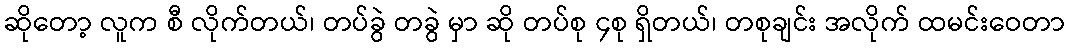
ဆိုတော့ လူက စီ လိုက်တယ်၊ တပ်ခွဲ တခွဲ မှာ ဆို တပ်စု ၄စု ရှိတယ်၊ တစုချင်း အလိုက် ထမင်းဝေတာ